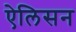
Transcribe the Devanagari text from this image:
ऐलिसन